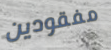
مفقودين